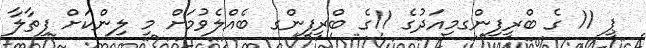
ޕީ 11 ގެ ބްރީފިންގމިއަދުގެ 11ގެ ބްރީފިންގ ބެއްލެވުމަށް މި ލިންކަށް ފިތާލާ